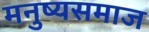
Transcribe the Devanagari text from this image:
मनुष्यसमाज